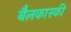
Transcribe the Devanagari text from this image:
बैलकास्की